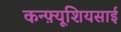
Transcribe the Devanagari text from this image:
कन्फ़्यूशियसाई